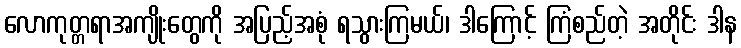
လောကုတ္တရာအကျိုးတွေကို အပြည့်အစုံ ရသွားကြမယ်၊ ဒါကြောင့် ကြံစည်တဲ့ အတိုင်း ဒါန